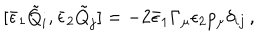
LaTeX: [ { \bar { \epsilon } } _ { 1 } { \tilde { Q } } _ { i } , { \bar { \epsilon } } _ { 2 } { \tilde { Q } } _ { j } ] = - 2 { \bar { \epsilon } _ { 1 } } \Gamma _ { \mu } \epsilon _ { 2 } p _ { \mu } \delta _ { i j } \, ,